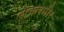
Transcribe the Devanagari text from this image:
सेकश्मीर